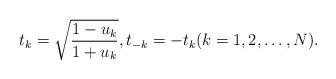
LaTeX: \begin{align*}t_{k} = \sqrt{\frac{1-u_{k}}{1+u_{k}}}, t_{-k} = -t_{k} (k=1,2,\ldots, N). \end{align*}